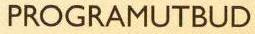
PROGRAMUTBUD